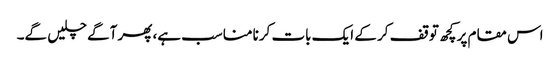
اس مقام پر کچھ توقف کر کے ایک بات کرنا مناسب ہے، پھر آگے چلیں گے۔